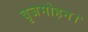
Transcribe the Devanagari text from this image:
बृजमोहन।